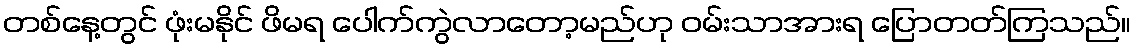
တစ်နေ့တွင် ဖုံးမနိုင် ဖိမရ ပေါက်ကွဲလာတော့မည်ဟု ဝမ်းသာအားရ ပြောတတ်ကြသည်။